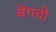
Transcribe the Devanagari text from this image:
बेंगची